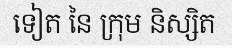
ទៀត នៃ ក្រុម និស្សិត